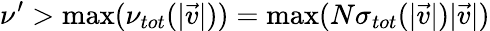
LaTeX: \nu^{\prime}>\textup{max}(\nu_{tot}(|\vec{v}|))=\textup{max}(N\sigma_{tot}(|\vec{v}|)|\vec{v}|)